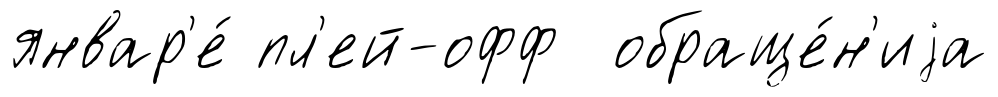
январ'е́ пл'ей-офф обраще́н'иjа